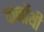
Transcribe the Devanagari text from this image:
कर्नोथी